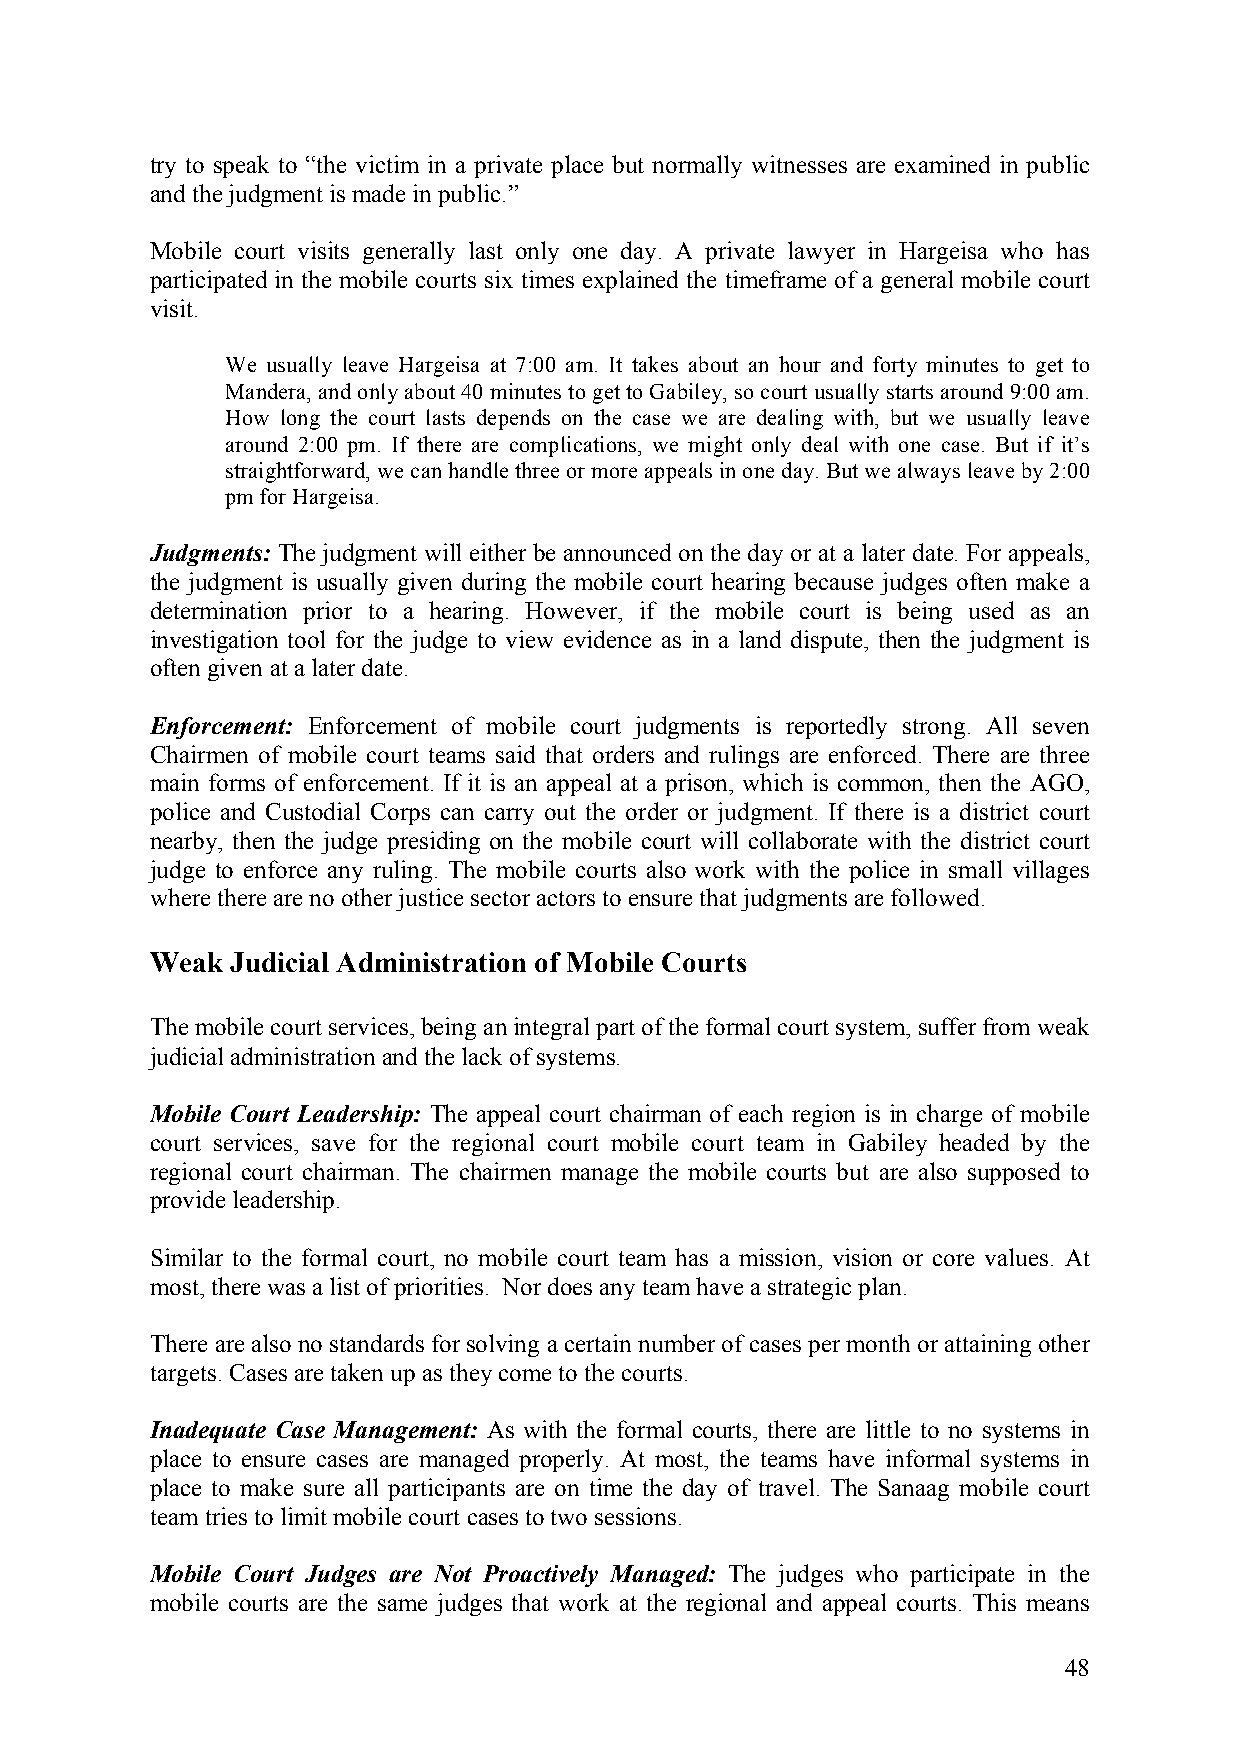
try to speak to “the victim in a private place but normally witnesses are examined in public
 and the judgment is made in public.”
 Mobile court visits generally last only one day. A private lawyer in Hargeisa who has
 participated in the mobile courts six times explained the timeframe of a general mobile court
 visit.
 We usually leave Hargeisa at 7:00 am. It takes about an hour and forty minutes to get to
 Mandera, and only about 40 minutes to get to Gabiley, so court usually starts around 9:00 am.
 How long the court lasts depends on the case we are dealing with, but we usually leave
 around 2:00 pm. If there are complications, we might only deal with one case. But if it’s
 straightforward, we can handle three or more appeals in one day. But we always leave by 2:00
 pm for Hargeisa.
 Judgments: The judgment will either be announced on the day or at a later date. For appeals,
 the judgment is usually given during the mobile court hearing because judges often make a
 determination prior to a hearing. However, if the mobile court is being used as an
 investigation tool for the judge to view evidence as in a land dispute, then the judgment is
 often given at a later date.
 Enforcement: Enforcement of mobile court judgments is reportedly strong. All seven
 Chairmen of mobile court teams said that orders and rulings are enforced. There are three
 main forms of enforcement. If it is an appeal at a prison, which is common, then the AGO,
 police and Custodial Corps can carry out the order or judgment. If there is a district court
 nearby, then the judge presiding on the mobile court will collaborate with the district court
 judge to enforce any ruling. The mobile courts also work with the police in small villages
 where there are no other justice sector actors to ensure that judgments are followed.
 Weak Judicial Administration of Mobile Courts
 The mobile court services, being an integral part of the formal court system, suffer from weak
 judicial administration and the lack of systems.
 Mobile Court Leadership: The appeal court chairman of each region is in charge of mobile
 court services, save for the regional court mobile court team in Gabiley headed by the
 regional court chairman. The chairmen manage the mobile courts but are also supposed to
 provide leadership.
 Similar to the formal court, no mobile court team has a mission, vision or core values. At
 most, there was a list of priorities. Nor does any team have a strategic plan.
 There are also no standards for solving a certain number of cases per month or attaining other
 targets. Cases are taken up as they come to the courts.
 Inadequate Case Management: As with the formal courts, there are little to no systems in
 place to ensure cases are managed properly. At most, the teams have informal systems in
 place to make sure all participants are on time the day of travel. The Sanaag mobile court
 team tries to limit mobile court cases to two sessions.
 Mobile Court Judges are Not Proactively Managed: The judges who participate in the
 mobile courts are the same judges that work at the regional and appeal courts. This means
 48